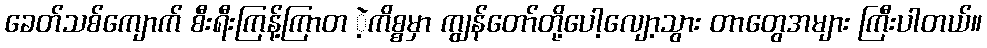
ခေတ်သစ်ကျောက် စီးရီးကြန့်ကြာတ ဲ့ကိစ္စမှာ ကျွန်တော်တို့ပေါ့လျော့သွား တာတွေအများ ကြီးပါတယ်။